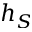
h _ { S }